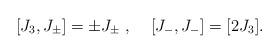
LaTeX: \begin{align*}[J_3,J_{\pm}]=\pm J_{\pm}\;,\;\;\;\;[J_-,J_-]=[2J_3].\end{align*}